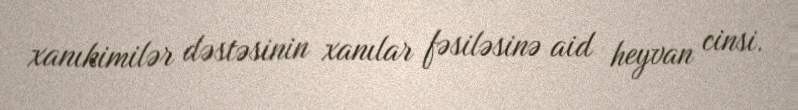
xanıkimilər dəstəsinin xanılar fəsiləsinə aid heyvan cinsi.